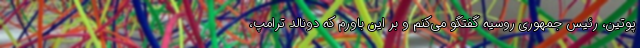
پوتین، رئیس جمهوری روسیه گفتگو می‌کنم و بر این باورم که دونالد ترامپ،